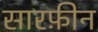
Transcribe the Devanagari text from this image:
सारफ़ीन